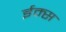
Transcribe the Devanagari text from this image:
ईम्स